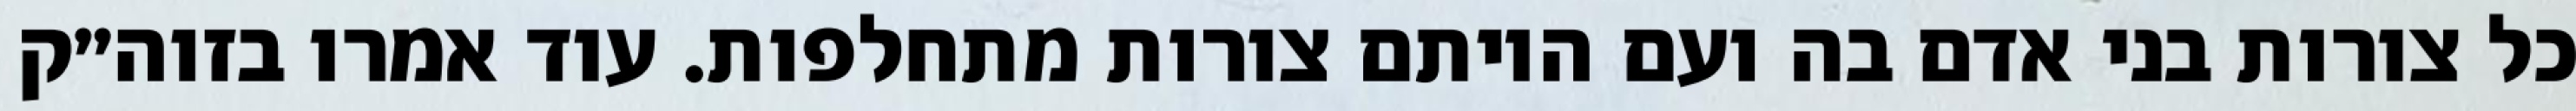
כל צורות בני אדם בה ועם היותם צורות מתחלפות. עוד אמרו בזוה״ק